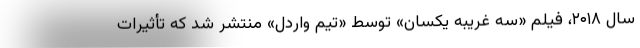
سال ۲۰۱۸، فیلم «سه غریبه یکسان» توسط «تیم واردل» منتشر شد که تأثیرات